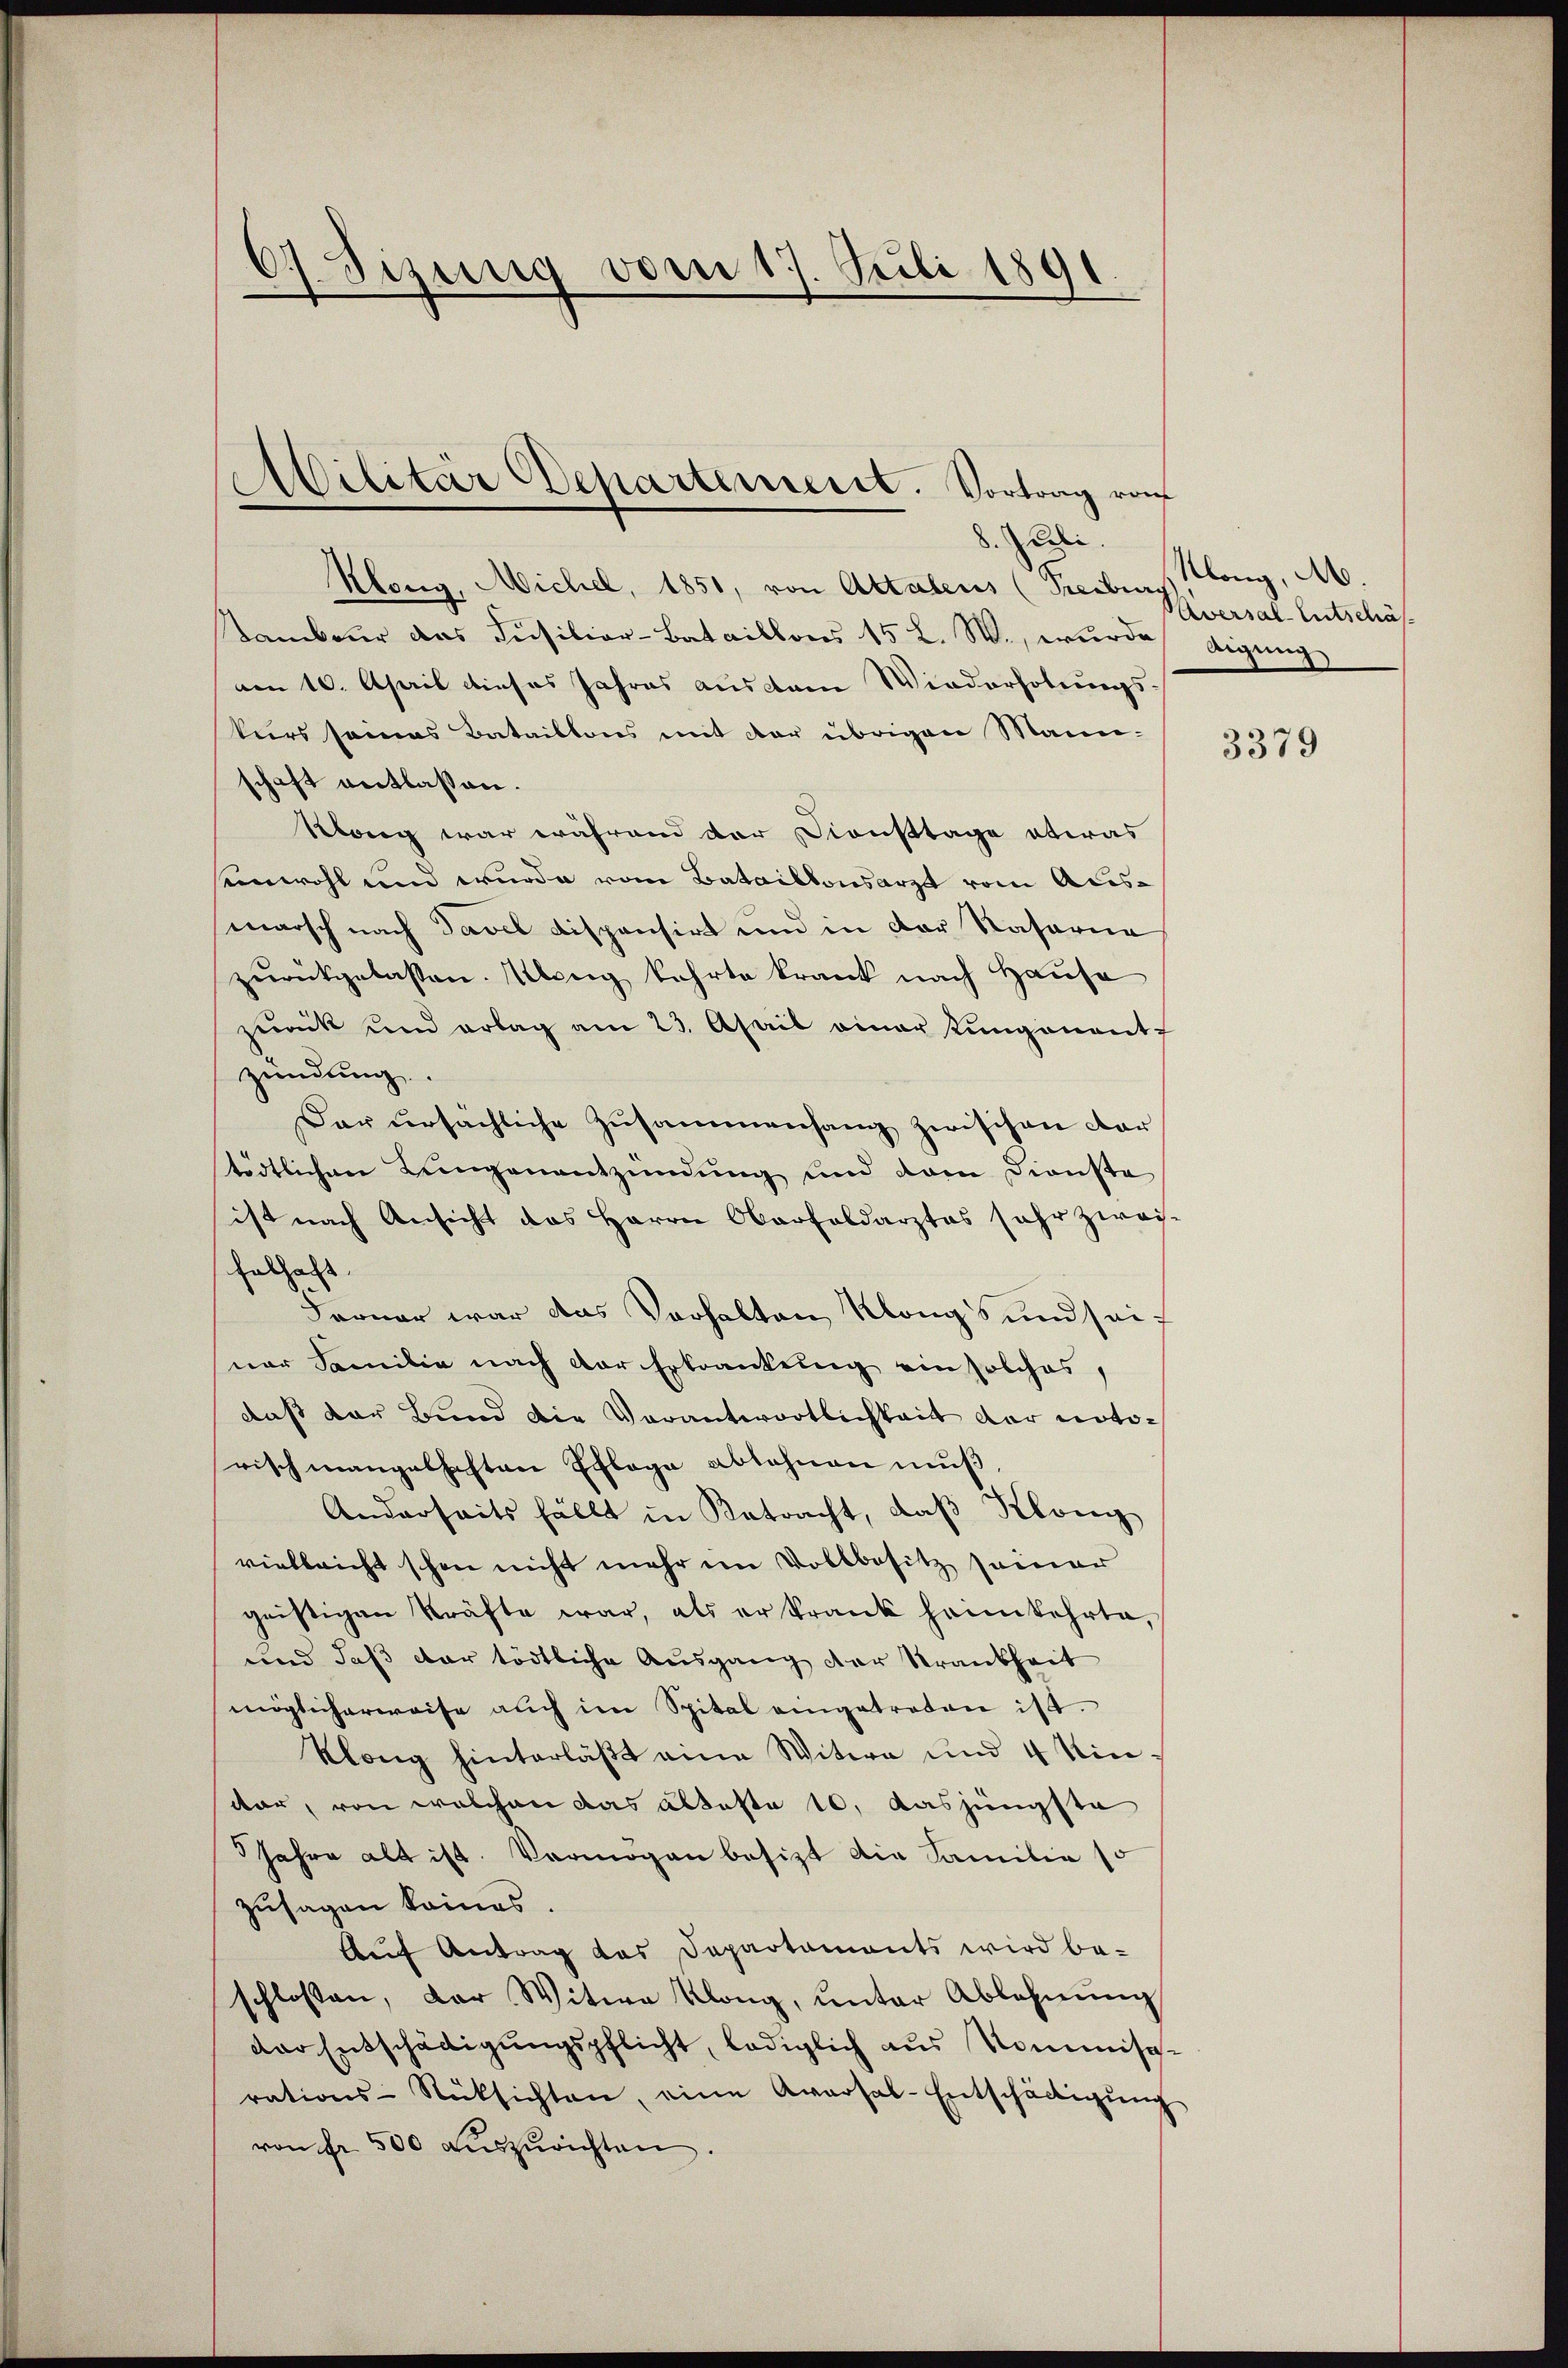
6) Sizung vom 17. Juli 1891

Klang, Michel, 1850, von Attalens (Freibun
tamber das Füsilier-Bataillons 15 L. W., wurde digung
am 10. April dieses Jahres aus dem Wiederholungskurs seines Bataillons mit der übrigen Mannschaft entlassen.
Klang war während der Dienstage etwas
seinwohl und wurde vom Bataillonsarzt vom Acesmarsch nach Tavel dispensirt und in der Kaserne
zŭrückgelassen. Klang kehrte krank nach Hause
zuack und ertag am 23. April einer Lungenent
zündung.
Dar ursächliche Zusammenhang zwischen dar
tödtlichen Lungenentzündung und dem Dienste
ist nach Ansicht das Herrn Oberfoldarztes sehr zwei-
felhaft.
Ferner war das Verhalten Klang sund seiner Familie nach der Erkrankung ein solches,
daß der Bund die Verantwortlichkeit der notorisch mangelhaften Pflege ablehnen mŭβ,
Anderseits fällt in Retracht, daß Kläng
vielleicht schon nicht mehr im Vollbesitz seiner
geistigen Kräfte war, als er krank heimkehrte,
und daß der tödtliche Ausgang der Krankheit
möglicherweise auch im Spital eingetreten ist.
Klang hinterläβt eine Witwe und 4 Kinttar, von welchen das älteste 10. Dasjüngste
3 Jahre alt ist. Vermögen besitzt die Familie so
zusagen könnes.
Auf Antrag das Departaments wird be-
schlossen, der Witwe Klang, unter Ablehnung
dor Entschädigŭngspflicht, lediglich aŭs Kommis-
rations-Rüksichten, eine Aversal-Entschädigŭng
von Fr. 500 auszurichten.

Militär Departement. Vortrag von
. Zede

Klang, M.
Aversal-Entschäf-

3379